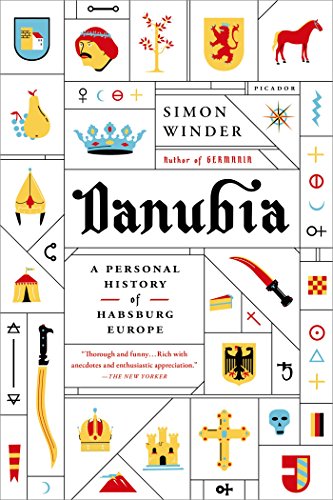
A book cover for Danubia: A Personal History of Habsburg Europe; Simon Winder; History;